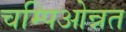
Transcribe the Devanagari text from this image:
चम्पिओन्नत